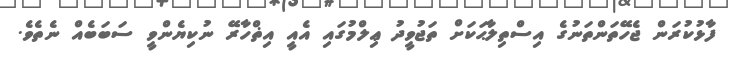
ފާޅުކުރަން ޖެހޭތަންތަނުގެ އިސްތިލާޙަކަށް ތަޖުވީދު ޢިލްމުގައި އެއީ އިޡްހާރޭ ނުކިޔެންވީ ސަބަބެއް ނެތެވެ.